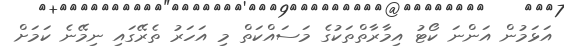
އަޅަމުން އަންނަ ކޯޓު އިމާރާތްތަކުގެ މަސައްކަތް މި އަހަރު ތެރޭގައި ނިމޭނެ ކަމަށް